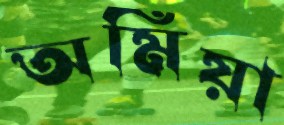
অমিয়া